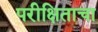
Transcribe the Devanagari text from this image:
परीक्षिताचा